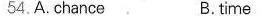
54.A. Chance B.Time